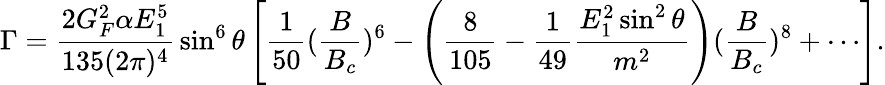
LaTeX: \Gamma={\frac{2G_{F}^{2}\alpha E_{1}^{5}}{135(2\pi)^{4}}}\sin^{6}\theta\left[{\frac{1}{50}}({\frac{B}{B_{c}}})^{6}-\left({\frac{8}{105}}-{\frac{1}{49}}{\frac{E_{1}^{2}\sin^{2}\theta}{m^{2}}}\right)({\frac{B}{B_{c}}})^{8}+\cdots\right].